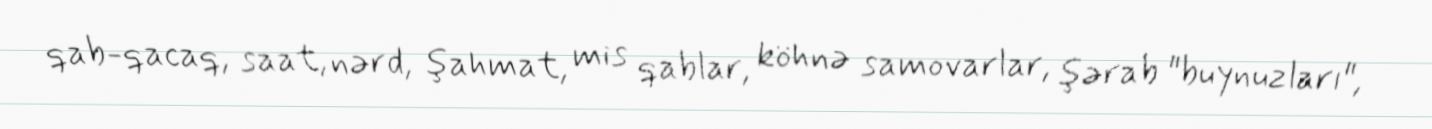
qab-qacaq, saat, nərd, şahmat, mis qablar, köhnə samovarlar, şərab "buynuzları",